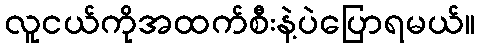
လူငယ်ကိုအထက်စီးနဲ့ပဲပြောရမယ်။